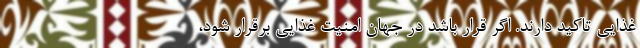
غذایی تاکید دارند. اگر قرار باشد در جهان امنیت غذایی برقرار شود، ‌